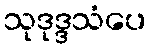
သုဒုဒ္ဒသံပေ